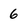
Character: 6